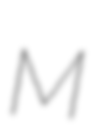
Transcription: M